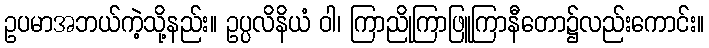
ဥပမာအဘယ်ကဲ့သို့နည်း။ ဥပ္ပလိနိယံ ဝါ၊ ကြာညိုကြာဖြူကြာနီတော၌လည်းကောင်း။